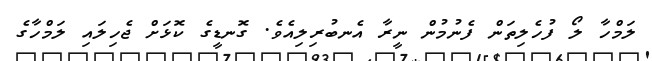
ލަމްހާ ލޯ ފުހެލިތަން ފެނުމުން ނީރާ އެނބުރިލިއެވެ. ގޮނޑީގެ ކޮޅަށް ޖެހިލައި ލަމްހާގެ